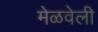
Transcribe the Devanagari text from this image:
मेळवेली